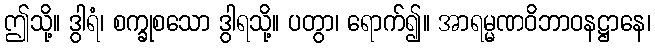
ဤသို့။ ဒွါရံ၊ စက္ခုစသော ဒွါရသို့။ ပတွာ၊ ရောက်၍။ အာရမ္မဏဝိဘာဝနဋ္ဌာနေ၊